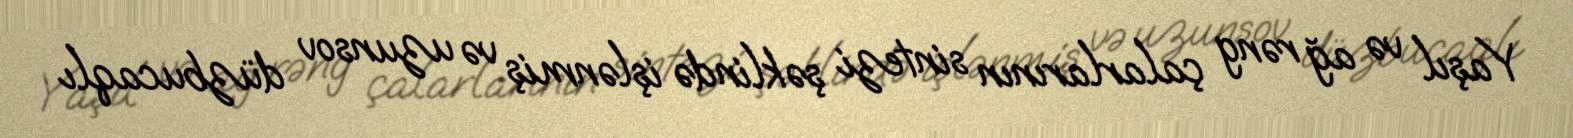
Yaşıl və ağ rəng çalarlarının sintezi şəklində işlənmiş və uzunsov düzbucaqlı